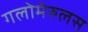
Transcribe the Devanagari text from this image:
गलोमेरुलस